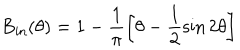
\textrm { B } _ { \mathrm { { i n } } } ( \theta ) = 1 - \frac { 1 } { \pi } \left[ \theta - \frac { 1 } { 2 } \sin 2 \theta \right]